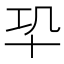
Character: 𠦕